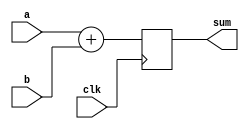
module add //4-bit adder
  (
    input [3:0] a,b,
    output reg [4:0] sum,
    input clk
  );
   
  always@(posedge clk)
    begin
      sum <= a + b;
    end 
endmodule